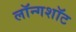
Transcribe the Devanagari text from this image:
लॉन्गशॉट